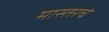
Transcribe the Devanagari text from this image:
मास्तरचे